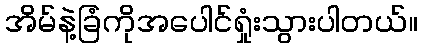
အိမ်နဲ့ခြံကိုအပေါင်ရှုံးသွားပါတယ်။